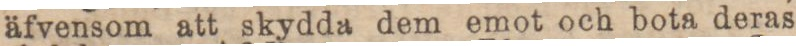
äfvensom att skydda dem emot och bota deras